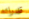
قدراته